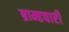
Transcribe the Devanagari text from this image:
ब्राम्हचारी